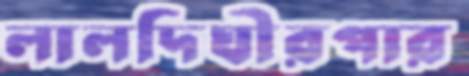
লালদিঘীরপার